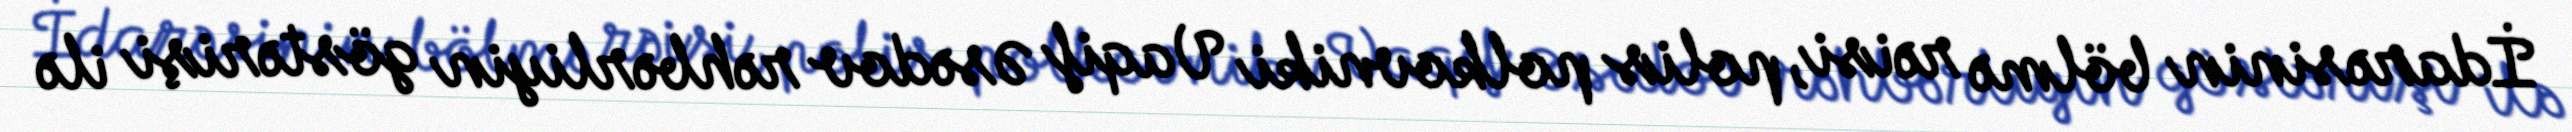
İdarəsinin bölmə rəisi, polis polkovniki Vaqif Əsədov rəhbərliyin göstərişi ilə